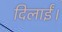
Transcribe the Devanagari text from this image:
दिलाईं।